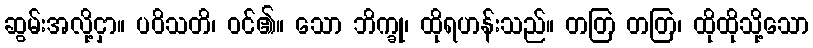
ဆွမ်းအလို့ငှာ။ ပဝိသတိ၊ ဝင်၏။ သော ဘိက္ခု၊ ထိုရဟန်းသည်။ တတြ တတြ၊ ထိုထိုသို့သော